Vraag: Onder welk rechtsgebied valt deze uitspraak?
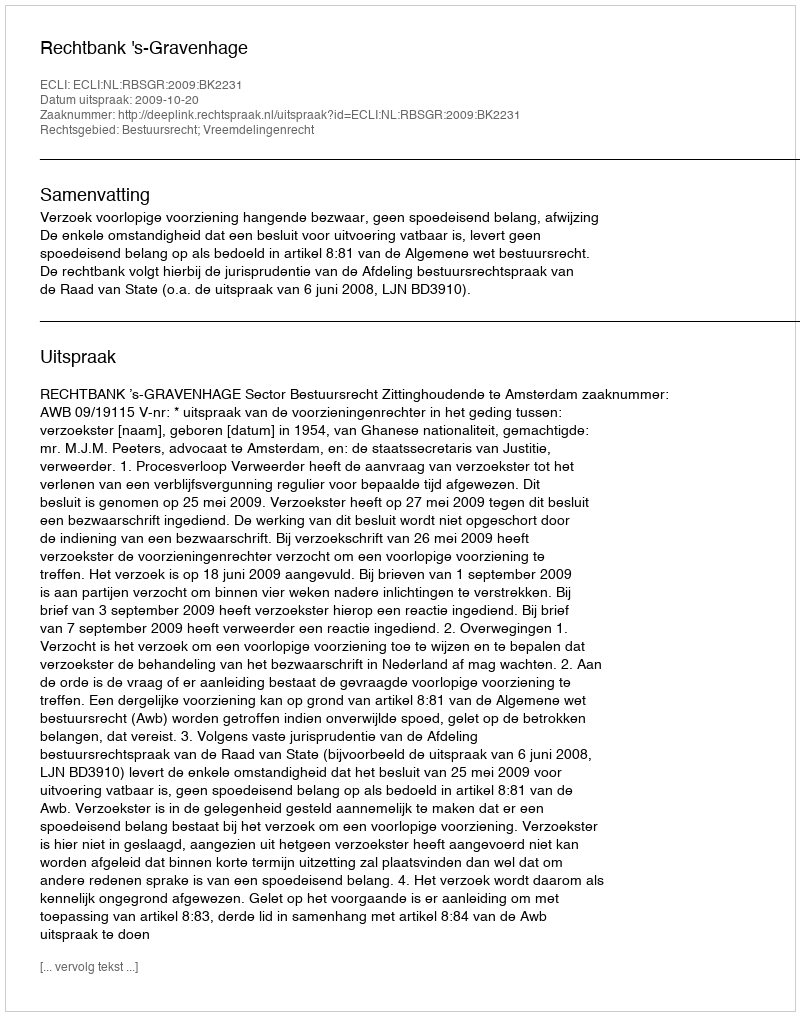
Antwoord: Bestuursrecht; Vreemdelingenrecht